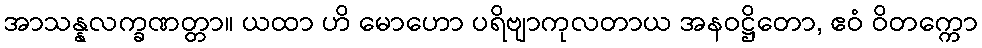
အာသန္နလက္ခဏတ္တာ။ ယထာ ဟိ မောဟော ပရိဗျာကုလတာယ အနဝဋ္ဌိတော, ဧဝံ ဝိတက္ကော